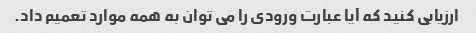
ارزیابی کنید که آیا عبارت ورودی را می توان به همه موارد تعمیم داد.